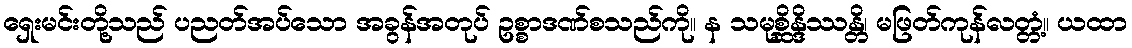
ရှေးမင်းတို့သည် ပညတ်အပ်သော အခွန်အတုပ် ဥစ္စာဒဏ်စသည်ကို။ န သမုစ္ဆိန္ဒိဿန္တိ၊ မဖြတ်ကုန်လတ္တံ့။ ယထာ